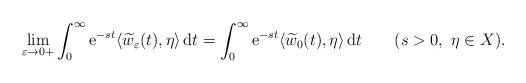
LaTeX: \begin{align*}\displaystyle\lim_{\varepsilon \to 0+}\int_0^\infty {\rm e}^{-s t}\langle \widetilde w_\varepsilon(t),\eta\rangle \, {\rm d}t = \int_0^\infty {\rm e}^{-s t}\langle \widetilde w_0(t),\eta\rangle \, {\rm d}t \qquad(s>0,\ \eta\in X).\end{align*}